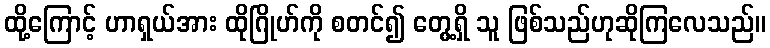
ထို့ကြောင့် ဟာရှယ်အား ထိုဂြိုဟ်ကို စတင်၍ တွေ့ရှိ သူ ဖြစ်သည်ဟုဆိုကြလေသည်။